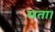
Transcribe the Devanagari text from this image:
मता।